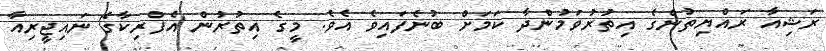
ރަޝިއާ ރައްޔިތުންގެ އިތުރުވަމުންދާ ކަމަށް ބުނެފައިވެ އެވެ. މީގެ އިތުރުން އެފްރިކާގެ ނައިޖީރިއާ